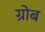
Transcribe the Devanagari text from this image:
ग्रोब